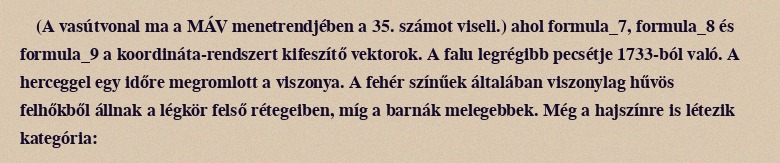
(A vasútvonal ma a MÁV menetrendjében a 35. számot viseli.) ahol formula_7, formula_8 és formula_9 a koordináta-rendszert kifeszítő vektorok. A falu legrégibb pecsétje 1733-ból való. A herceggel egy időre megromlott a viszonya. A fehér színűek általában viszonylag hűvös felhőkből állnak a légkör felső rétegeiben, míg a barnák melegebbek. Még a hajszínre is létezik kategória: